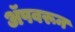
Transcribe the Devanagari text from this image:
अॅपवरून